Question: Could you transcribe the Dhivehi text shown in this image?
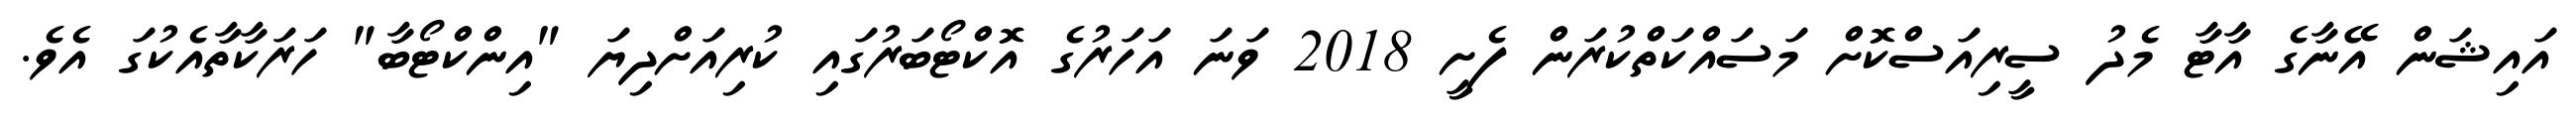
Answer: އައިޝަން އޭނާގެ އާޓާ މެދު ސީރިއަސްކޮށް މަސައްކަތްކުރަން ފެށީ 2018 ވަނަ އަހަރުގެ އޮކްޓޯބަރުގައި ކުރިއަށްދިޔަ "އިންކްޓޯބާ" ހަރަކާތާއެކުގަ އެވެ.